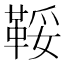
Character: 鞖